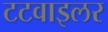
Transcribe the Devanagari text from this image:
टटवाइलर